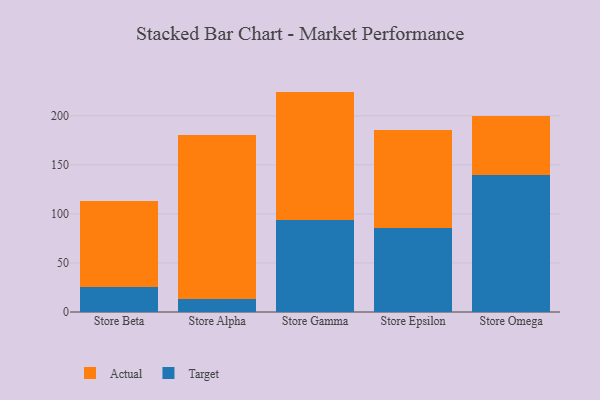
{"axis": {"x": "Store", "y": "Waste Production (Tons)"}, "legend": ["Actual", "Target"], "data": [{"x": "Store Beta", "y": 25.8, "type": "Target"}, {"x": "Store Beta", "y": 87.3, "type": "Actual"}, {"x": "Store Alpha", "y": 13.1, "type": "Target"}, {"x": "Store Alpha", "y": 167.7, "type": "Actual"}, {"x": "Store Gamma", "y": 93.7, "type": "Target"}, {"x": "Store Gamma", "y": 131.0, "type": "Actual"}, {"x": "Store Epsilon", "y": 85.2, "type": "Target"}, {"x": "Store Epsilon", "y": 100.5, "type": "Actual"}, {"x": "Store Omega", "y": 139.8, "type": "Target"}, {"x": "Store Omega", "y": 59.8, "type": "Actual"}]}